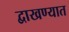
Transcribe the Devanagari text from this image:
द्वाखण्यात